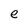
Character: e